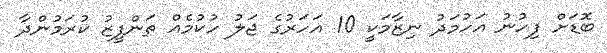
ބޮޑަށް ފިހުނު އަހުމަދު ނިޒާމަކީ 10 އަހަރުގެ ޖަލު ހުކުމެއް ތަންފީޒު ކުރަމުންދާ